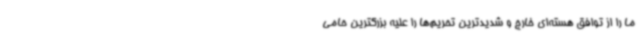
ما را از توافق هسته‌ای خارج و شدیدترین تحریم‌ها را علیه بزرگترین حامی